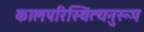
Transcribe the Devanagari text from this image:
कालपरिस्थित्यनुरूप